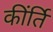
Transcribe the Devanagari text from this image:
कींर्ति